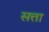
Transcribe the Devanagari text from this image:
सत्ता